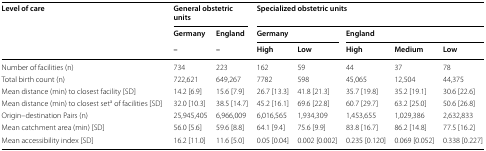
<table><thead><tr><td rowspan="3"><b>Level of care</b></td><td colspan="2"><b>General obstetric units</b></td><td colspan="5"><b>Specialized obstetric units</b></td></tr><tr><td><b>Germany</b></td><td><b>England</b></td><td colspan="2"><b>Germany</b></td><td colspan="3"><b>England</b></td></tr><tr><td><b>–</b></td><td><b>–</b></td><td><b>High</b></td><td><b>Low</b></td><td><b>High</b></td><td><b>Medium</b></td><td><b>Low</b></td></tr></thead><tbody><tr><td>Number of facilities (n)</td><td>734</td><td>223</td><td>162</td><td>59</td><td>44</td><td>37</td><td>78</td></tr><tr><td>Total birth count (n)</td><td>722,621</td><td>649,267</td><td>7782</td><td>598</td><td>45,065</td><td>12,504</td><td>44,375</td></tr><tr><td>Mean distance (min) to closest facility [SD]</td><td>14.2 [6.9]</td><td>15.6 [7.9]</td><td>26.7 [13.3]</td><td>41.8 [21.3]</td><td>35.7 [19.8]</td><td>35.2 [19.1]</td><td>30.6 [22.6]</td></tr><tr><td>Mean distance (min) to closest set<sup>a</sup> of facilities [SD]</td><td>32.0 [10.3]</td><td>38.5 [14.7]</td><td>45.2 [16.1]</td><td>69.6 [22.8]</td><td>60.7 [29.7]</td><td>63.2 [25.0]</td><td>50.6 [26.8]</td></tr><tr><td>Origin–destination Pairs (n)</td><td>25,945,405</td><td>6,966,009</td><td>6,016,565</td><td>1,934,309</td><td>1,453,655</td><td>1,029,386</td><td>2,632,833</td></tr><tr><td>Mean catchment area (min) [SD]</td><td>56.0 [5.6]</td><td>59.6 [8.8]</td><td>64.1 [9.4]</td><td>75.6 [9.9]</td><td>83.8 [16.7]</td><td>86.2 [14.8]</td><td>77.5 [16.2]</td></tr><tr><td>Mean accessibility index [SD]</td><td>16.2 [11.0]</td><td>11.6 [5.0]</td><td>0.05 [0.04]</td><td>0.002 [0.002]</td><td>0.235 [0.120]</td><td>0.069 [0.052]</td><td>0.338 [0.227]</td></tr></tbody></table>